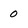
Character: 0